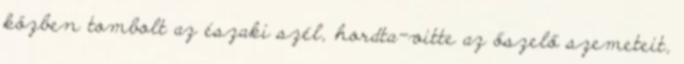
közben tombolt az északi szél, hordta-vitte az őszelő szemeteit,